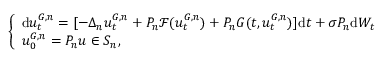
\left\{ \begin{array} { l l } { \mathrm { d } u _ { t } ^ { G , n } = [ - \Delta _ { n } u _ { t } ^ { { G } , n } + P _ { n } \mathcal { F } ( u _ { t } ^ { { G } , n } ) + P _ { n } { G } ( t , u _ { t } ^ { { G } , n } ) ] \mathrm { d } t + \sigma P _ { n } \mathrm { d } W _ { t } } \\ { u _ { 0 } ^ { { G } , n } = P _ { n } u \in S _ { n } , } \end{array} \right.